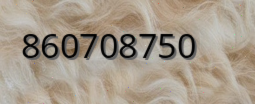
860708750